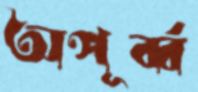
অপূর্ব্ব